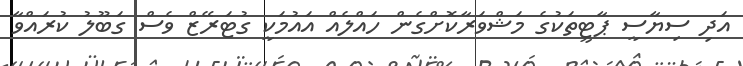
އަދި ސިޔާސީ ޕާޓީތަކުގެ މަޝްވަރާކޮށްގެން ހައްލެއް އައުމަކީ ގުޓަރޭޒް ވެސް ގަބޫލު ކުރައްވާ